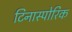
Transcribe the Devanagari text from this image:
टिनास्पोरिक